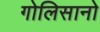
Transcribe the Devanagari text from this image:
गोलिसानो